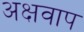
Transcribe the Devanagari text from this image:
अक्षवाप